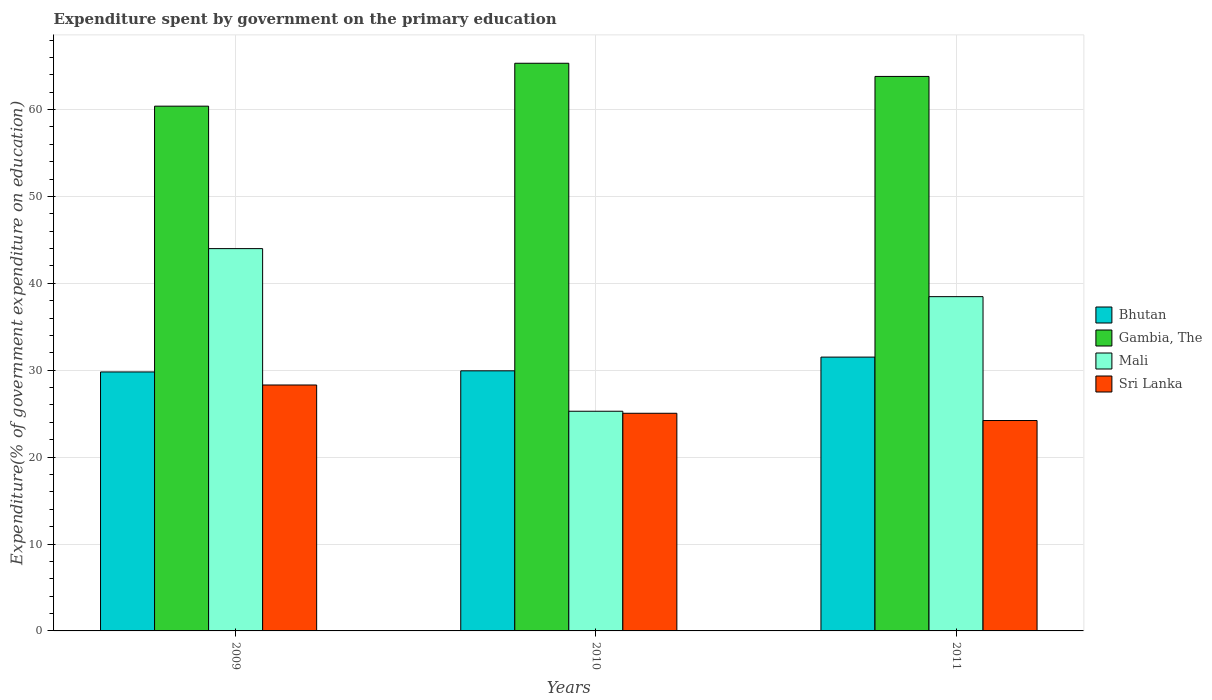
| Years | Bhutan | Gambia, The | Mali | Sri Lanka |
 | --- | --- | --- | --- | --- |
 | 2009 | 29.8 | 60.4 | 44 | 28.3 |
 | 2010 | 29.9 | 65.3 | 25.3 | 25 |
 | 2011 | 31.5 | 63.8 | 38.5 | 24.2 |